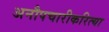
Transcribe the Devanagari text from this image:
अनौपचारीकरित्या